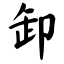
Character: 卸